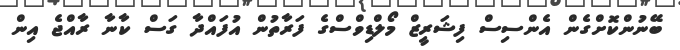
ބޭނުންކޮށްގެން އެންސިސް ފިޝަރީޒް މޯލްޑިވްސްގެ ފަރާތުން އުފައްދާ ގަސް ކާނާ ރާއްޖެ އިން